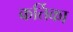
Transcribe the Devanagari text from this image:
कर्तिका